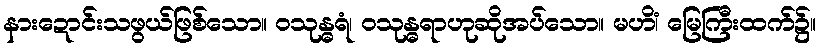
နားဍောင်းသဖွယ်ဖြစ်သော။ ဝသုန္ဓရံ၊ ဝသုန္ဓရာဟုဆိုအပ်သော။ မဟိံ၊ မြေကြီးထက်၌။